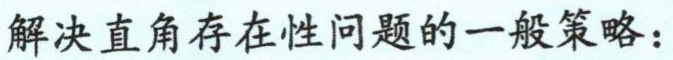
解决直角存在性问题的一般策略：